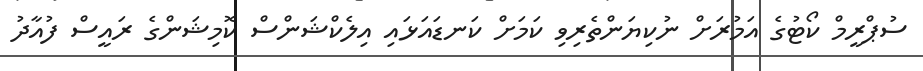
ސުޕްރީމް ކޯޓުގެ އަމުރަށް ނުކިޔަންތެރިވި ކަމަށް ކަނޑައަޅައި އިލެކްޝަންސް ކޮމިޝަންގެ ރައީސް ފުއާދު